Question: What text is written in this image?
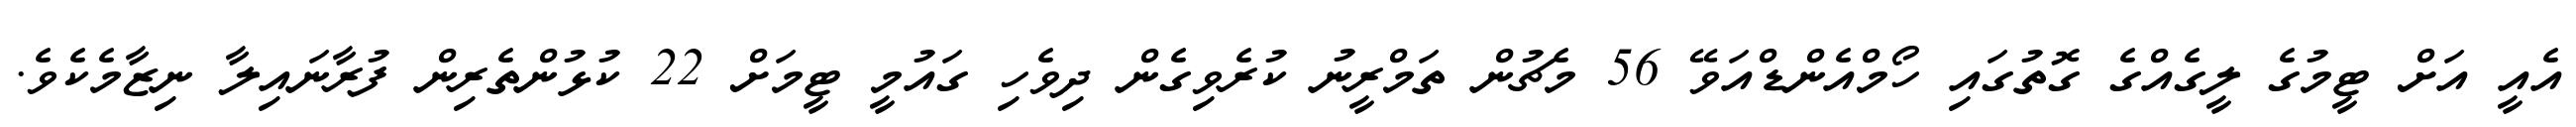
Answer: އެއީ އަށް ޓީމުގެ ލީގެއްގެ ގޮތުގައި ހޯމްއެންޑްއަވޭ 56 މެޗުން ތަމްރީނު ކުރެވިގެން ދިވެހި ގައުމީ ޓީމަށް 22 ކުޅުންތެރިން ފުރާނައިލާ ނިޒާމެކެވެ.